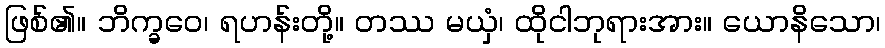
ဖြစ်၏။ ဘိက္ခဝေ၊ ရဟန်းတို့။ တဿ မယှံ၊ ထိုငါဘုရားအား။ ယောနိသော၊